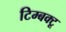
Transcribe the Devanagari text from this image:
टिम्बक्टू